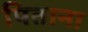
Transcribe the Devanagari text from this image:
पिताना